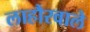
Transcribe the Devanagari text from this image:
लाहौरवाले